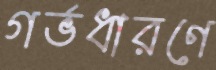
গর্ভধারণে